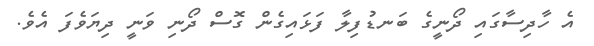
އެ ހާދިސާގައި ދޯނީގެ ބަނޑުފިލާ ފަޅައިގެން ގޮސް ދޯނި ވަނީ ދިޔަވެފަ އެވެ.